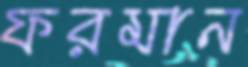
ফরমান